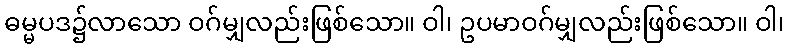
ဓမ္မပဒ၌လာသော ဝဂ်မျှလည်းဖြစ်သော။ ဝါ၊ ဥပမာဝဂ်မျှလည်းဖြစ်သော။ ဝါ၊